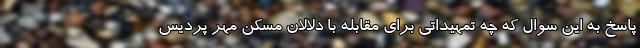
پاسخ به این سوال که چه تمهیداتی برای مقابله با دلالان مسکن مهر پردیس